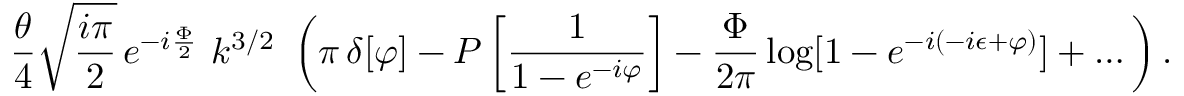
\frac { \theta } { 4 } \sqrt { \frac { i \pi } { 2 } } \, e ^ { - i \frac { \Phi } { 2 } } \, \, k ^ { 3 / 2 } \, \, \left( \pi \, \delta [ \varphi ] - { \cal P } \left[ \frac { 1 } { 1 - e ^ { - i \varphi } } \right] - \frac { \Phi } { 2 \pi } \log [ 1 - e ^ { - i ( - i \epsilon + \varphi ) } ] + \dots \right) .